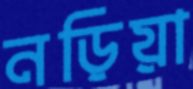
নড়িয়া